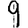
Digit: 9